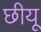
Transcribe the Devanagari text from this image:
छीयू